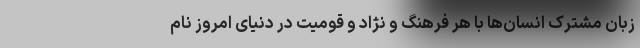
زبان مشترک انسان‌ها با هر فرهنگ و نژاد و قومیت در دنیای امروز نام